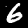
Label: 6